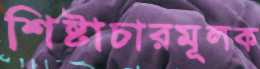
শিষ্টাচারমূলক